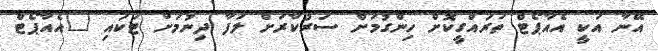
އޭނާ އަކީ އެއާޕޯޓް ތަރައްގީކޮށް ހިންގުމަށް ސަރުކާރަށް ލަފާ ދިނުމަށް ޓަކައި "އެއާޕޯޓް